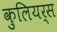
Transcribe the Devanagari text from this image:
कुलियर्स